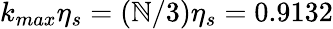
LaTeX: k_{max}\eta_{s}=(\mathbb{N}/3)\eta_{s}=0.9132